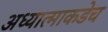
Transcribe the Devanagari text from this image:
अध्यात्माकडेच